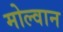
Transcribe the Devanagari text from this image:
मोल्वान